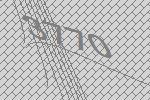
3770